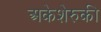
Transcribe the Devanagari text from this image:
अकेशेरुकी